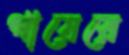
গায়েরে